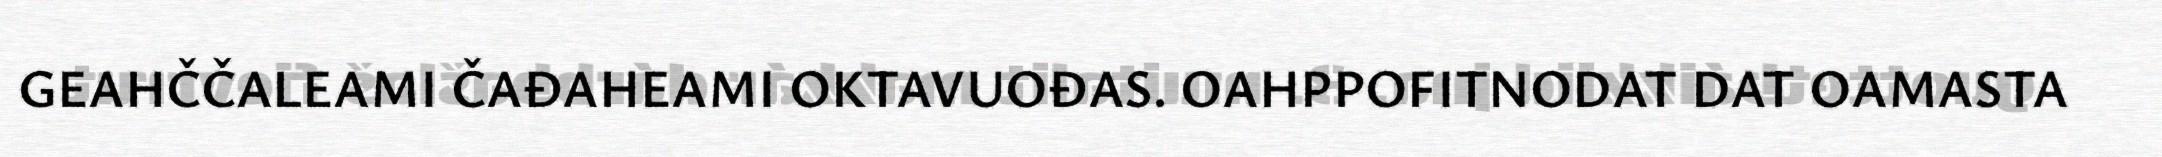
GEAHČČALEAMI ČAĐAHEAMI OKTAVUOĐAS. OAHPPOFITNODAT DAT OAMASTA